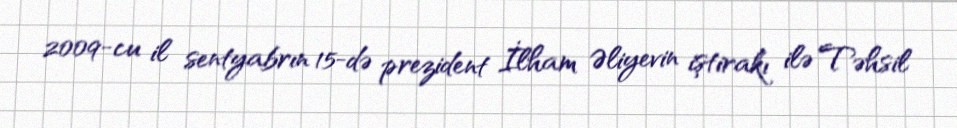
2009-cu il sentyabrın 15-də prezident İlham Əliyevin iştirakı ilə Təhsil